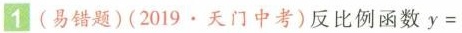
1(易错题)(2019·天门中考)反比例函数y=